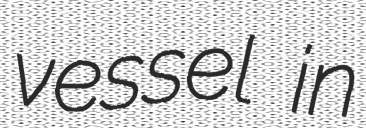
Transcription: vessel in